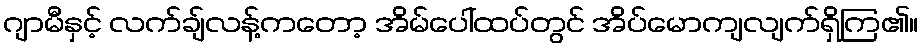
ဂျာမီနှင့် လက်ချ်လန့်ကတော့ အိမ်ပေါ်ထပ်တွင် အိပ်မောကျလျက်ရှိကြ၏။